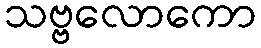
သဗ္ဗလောကော